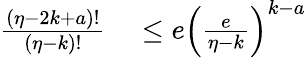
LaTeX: \begin{array}{rl}{\frac{\left(\eta-2k+a\right)!}{\left(\eta-k\right)!}}&{{}\leq e\left(\frac{e}{\eta-k}\right)^{k-a}}\end{array}